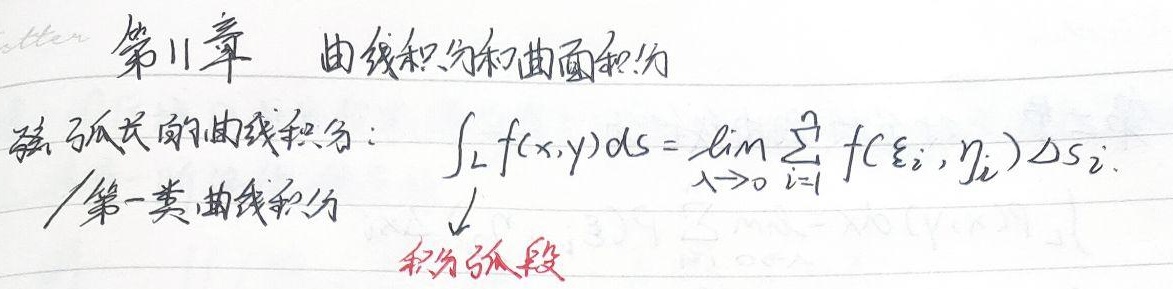
第11章 曲线积分和曲面积分

对弧长的曲线积分：$\int_{L}f(x,y)ds=\lim\limits_{\lambda \to 0}\sum_{i = 1}^{n}f(\xi_{i},\eta_{i})\Delta s_{i}$（第一类曲线积分）

积分弧段